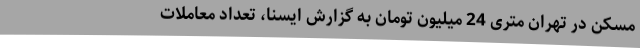
مسکن در تهران متری 24 میلیون تومان به گزارش ایسنا، تعداد معاملات